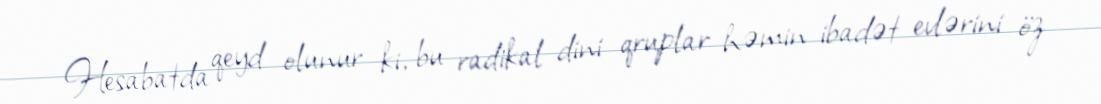
Hesabatda qeyd olunur ki, bu radikal dini qruplar həmin ibadət evlərini öz